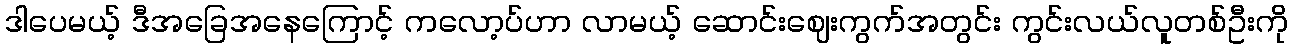
ဒါပေမယ့် ဒီအခြေအနေကြောင့် ကလော့ပ်ဟာ လာမယ့် ဆောင်းဈေးကွက်အတွင်း ကွင်းလယ်လူတစ်ဦးကို